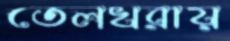
তেলখরায়